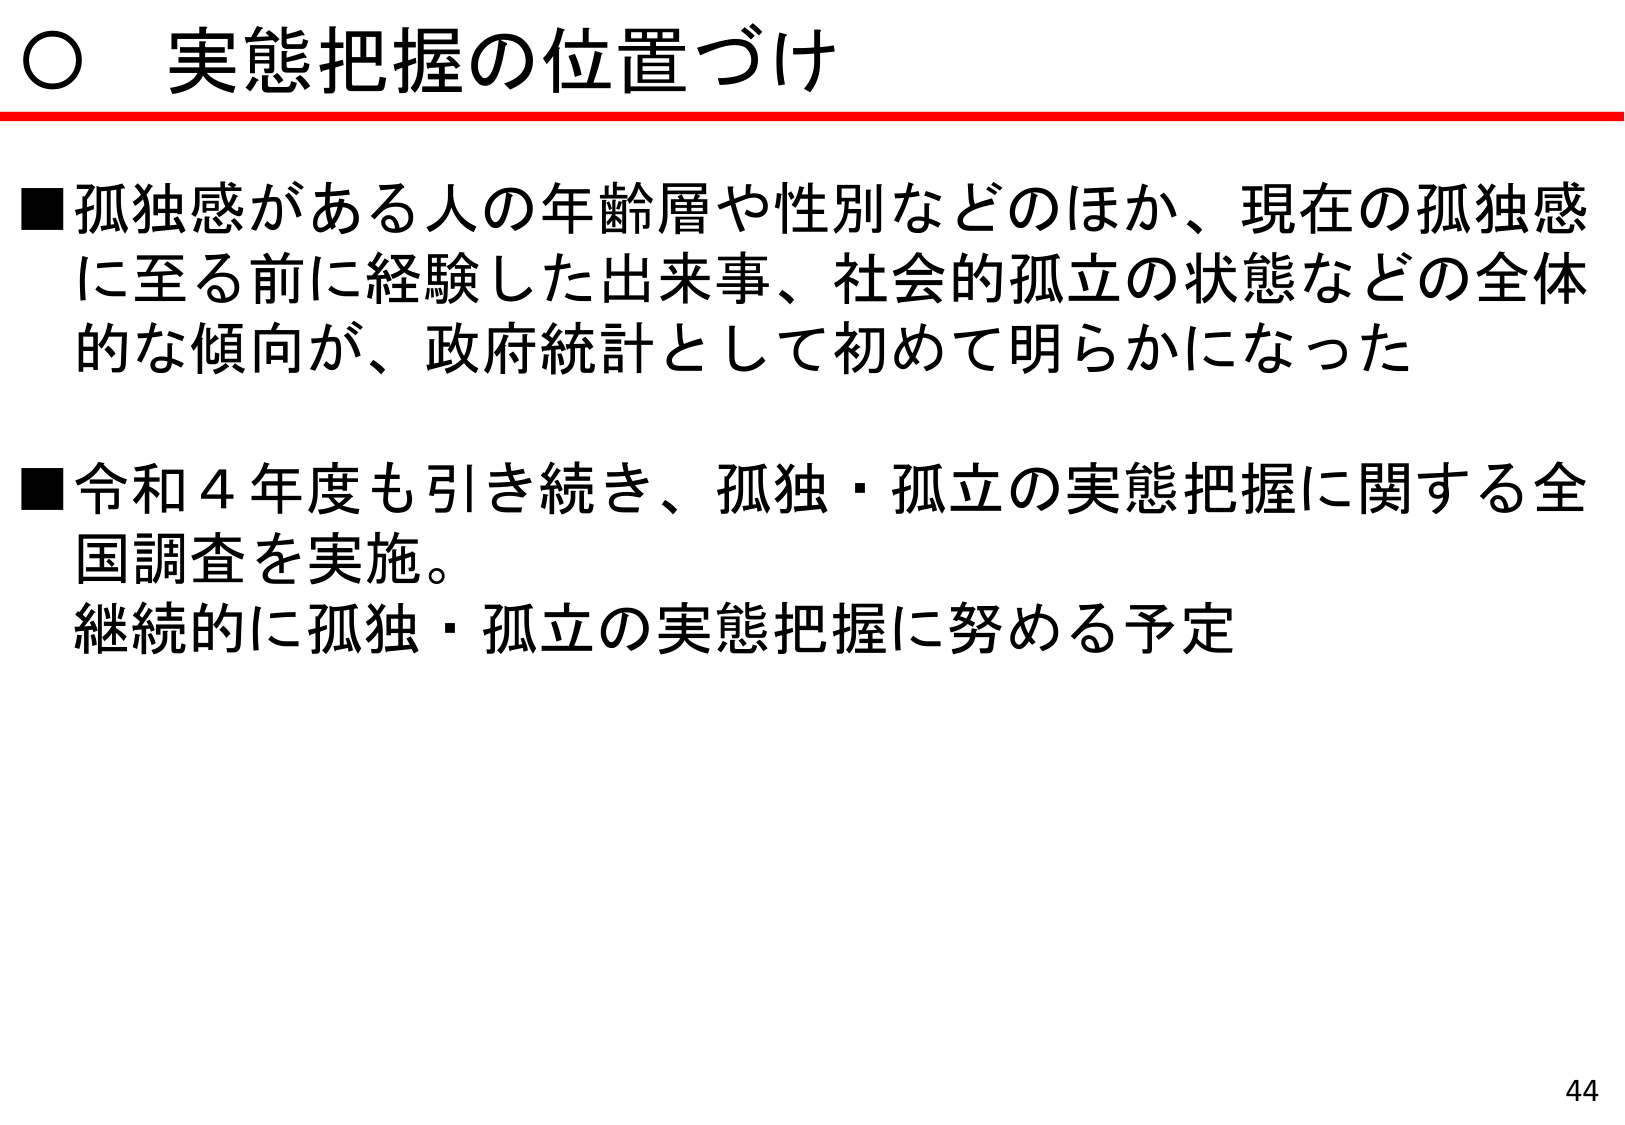
○ 実態把握の位置づけ

■孤独感がある人の年齢層や性別などのほか、現在の孤独感に至る前に経験した出来事、社会的孤立の状態などの全体的な傾向が、政府統計として初めて明らかになった

■令和４年度も引き続き、孤独・孤立の実態把握に関する全国調査を実施。
継続的に孤独・孤立の実態把握に努める予定

44